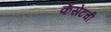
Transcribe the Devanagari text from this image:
कॅसेटची